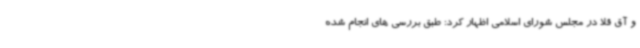
و آق قلا در مجلس شورای اسلامی اظهار کرد: طبق بررسی های انجام شده